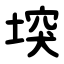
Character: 堗